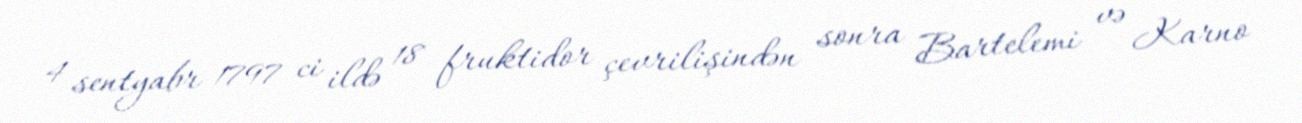
4 sentyabr 1797 ci ildə 18 fruktidor çevrilişindən sonra Bartelemi və Karno